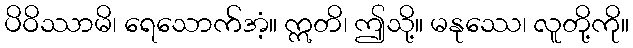
ပိဝိဿာမိ၊ ရေသောက်အံ့။ ဣတိ၊ ဤသို့။ မနုဿေ၊ လူတို့ကို။